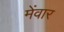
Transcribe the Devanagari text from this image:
मेंवार